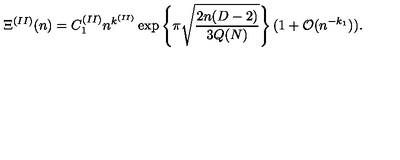
\Xi ^ { ( I I ) } ( n ) = C _ { 1 } ^ { ( I I ) } n ^ { k ^ { ( I I ) } } \exp \left\{ \pi \sqrt { \frac { 2 n ( D - 2 ) } { 3 Q ( N ) } } \right\} ( 1 + { \mathcal O } ( n ^ { - k _ { 1 } } ) ) \mathrm { . }